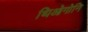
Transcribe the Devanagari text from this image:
थिओगोनि